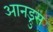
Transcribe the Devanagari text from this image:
आनड्रुस